65_HS1-834228961_62-HQ-83894_Section_4
Agency: FBI
Page 52
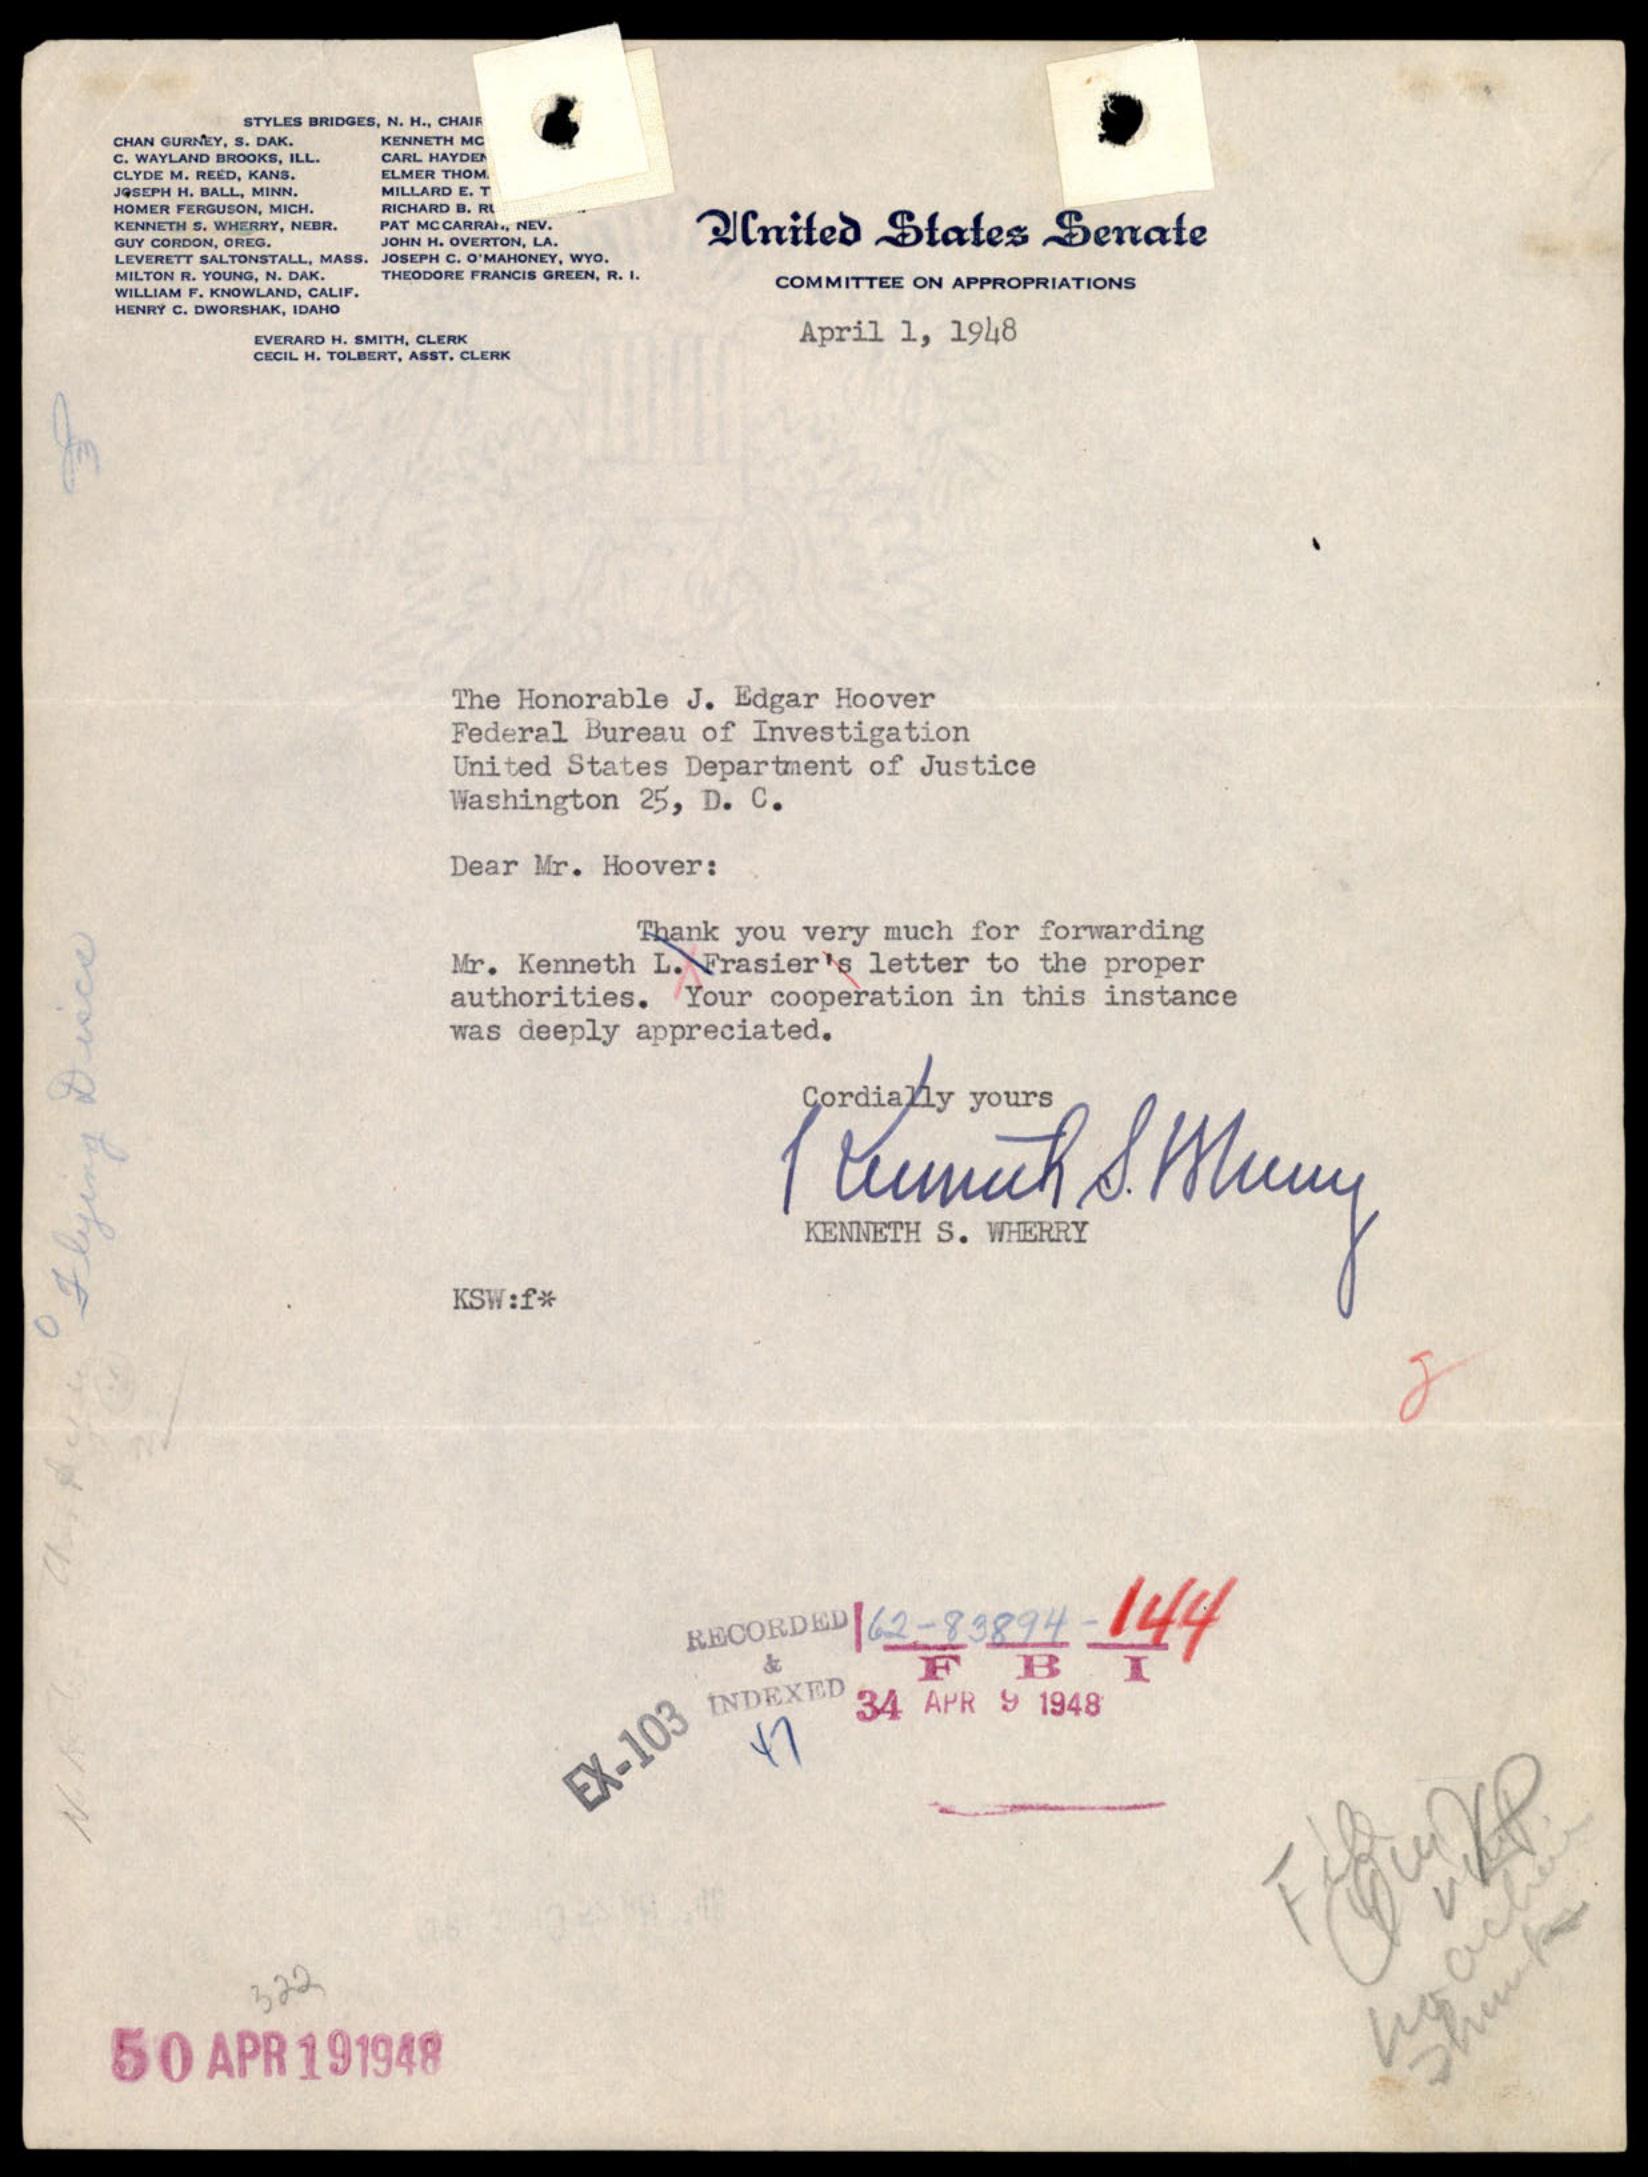